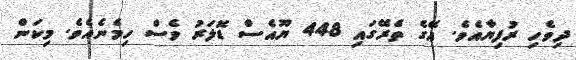
ދިވެހި ރުފިޔާއެވެ. އޭގެ ތެރޭގައި 448 ޔޫއެސް ޑޮލަރު ވެސް ހިމެނެއެވެ. މިކަން